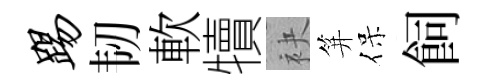
踢韧軟犢袂笄保飼